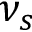
\nu _ { s }